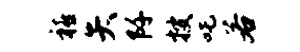
禧矢阡搜吒若